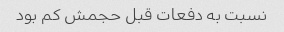
نسبت به دفعات قبل حجمش کم بود